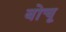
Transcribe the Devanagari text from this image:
बोचू